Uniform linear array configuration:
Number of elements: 64
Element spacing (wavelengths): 1
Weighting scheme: binomial
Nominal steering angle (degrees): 60
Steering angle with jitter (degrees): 61.337
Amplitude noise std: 0.05
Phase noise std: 0.05

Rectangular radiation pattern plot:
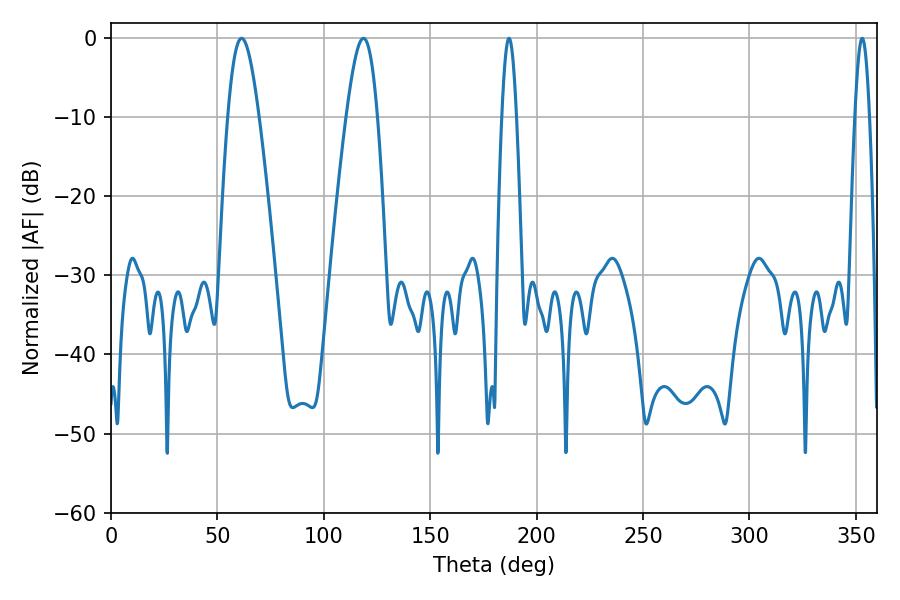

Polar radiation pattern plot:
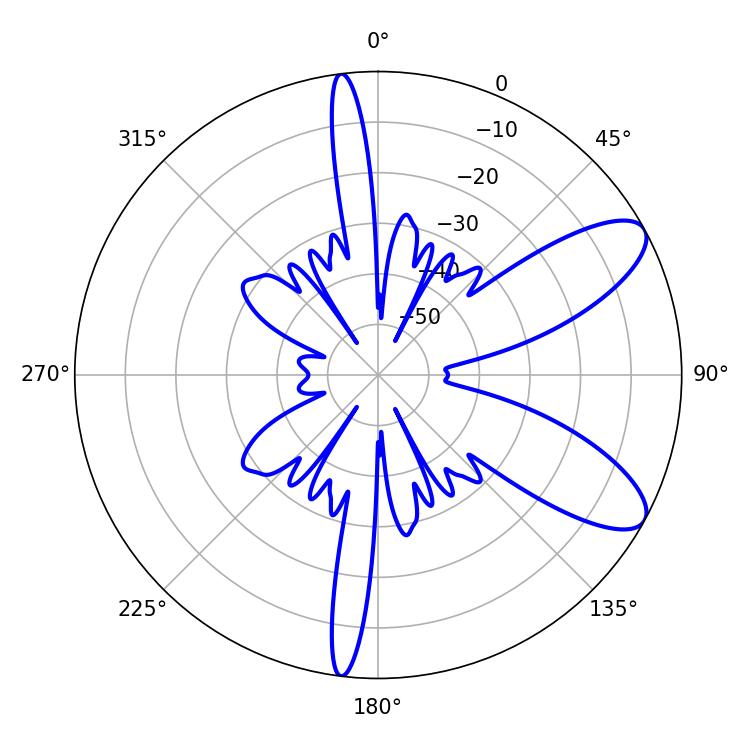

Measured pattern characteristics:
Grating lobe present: TRUE
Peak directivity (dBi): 9.093
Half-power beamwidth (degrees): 3.6
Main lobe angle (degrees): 352.98